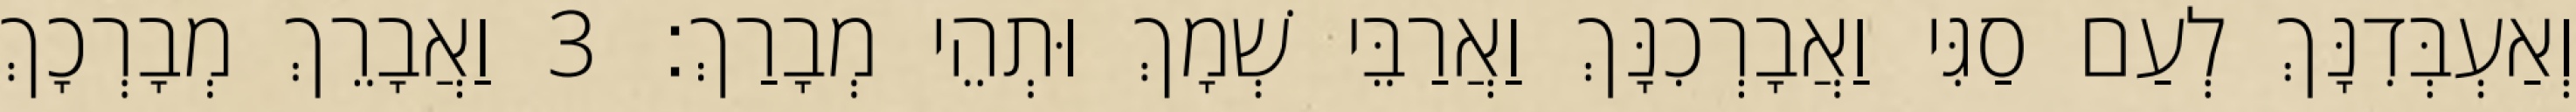
וְאַעְבְּדִנָּךְ לְעַם סַגִּי וַאֲבָרְכִנָּךְ וַאֲרַבֵּי שְׁמָךְ וּתְהֵי מְבָרַךְ׃ 3 וַאֲבָרֵךְ מְבָרְכָךְ